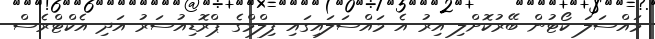
މައްސަލަ ކޯޓުން ބޭރުކޮށްލި އިރު އެ މައްސަލައިގައި ފިލްމްގެ ޕްރޮޑިއުސަރު އަދި އެކްޓްރެސް